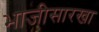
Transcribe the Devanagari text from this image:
भाजीसारखा